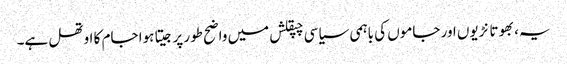
یہ، بھوتا نڑیوں اور جاموں کی باہمی سیاسی چپقلش میں واضح طور پر جیتا ہوا جام کا اوتھل ہے۔